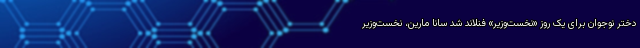
دختر نوجوان برای یک روز «نخست‌وزیر» فنلاند شد سانا مارین، نخست‌وزیر